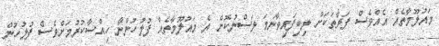
މައުލޫމާތެއް އެއްވެސް ފަރާތަކަށް ލިބިފައިވާނަމަ ލަސްނުކޮށް އެ މައުލޫމާތެއް ފުލުހުންނާ ހިއްސާކުރުމަށްވެސް ފުލުހުން